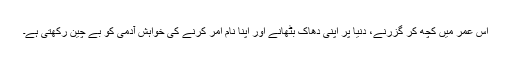
اس عمر میں کچھ کر گزرنے، دنیا پر اپنی دھاک بٹھانے اور اپنا نام امر کرنے کی خواہش آدمی کو بے چین رکھتی ہے۔